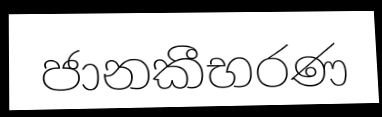
ජානකීභරණ